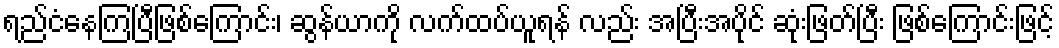
ရည်ငံနေကြပြီဖြစ်ကြောင်း၊ ဆွန်ယာကို လက်ထပ်ယူရန် လည်း အပြီးအပိုင် ဆုံးဖြတ်ပြီး ဖြစ်ကြောင်းဖြင့်